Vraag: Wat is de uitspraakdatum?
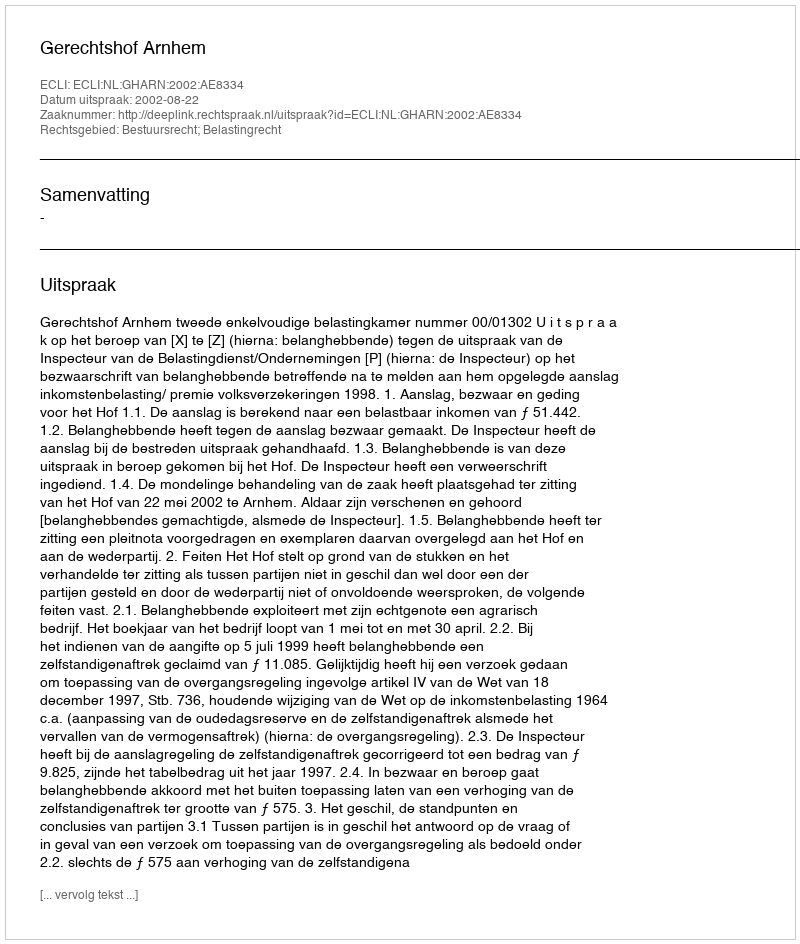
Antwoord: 2002-08-22